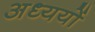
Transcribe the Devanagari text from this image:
अध्ययों